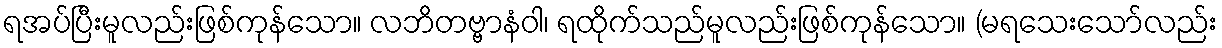
ရအပ်ပြီးမူလည်းဖြစ်ကုန်သော။ လဘိတဗ္ဗာနံဝါ၊ ရထိုက်သည်မူလည်းဖြစ်ကုန်သော။ (မရသေးသော်လည်း